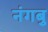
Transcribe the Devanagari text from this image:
नंगबु